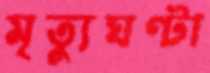
মৃত্যুঘণ্টা